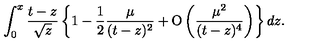
\int _ { 0 } ^ { x } { \frac { t - z } { \sqrt { z } } } \left\lbrace 1 - { \frac { 1 } { 2 } } { \frac { \mu } { ( t - z ) ^ { 2 } } } + \mathrm { O } \left( { \frac { \mu ^ { 2 } } { ( t - z ) ^ { 4 } } } \right) \right\rbrace d z .